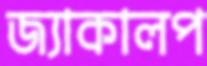
জ্যাকালপ